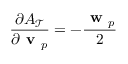
\frac { \partial A _ { \mathcal { T } } } { \partial \textbf { v } _ { p } } = - \frac { \textbf { w } _ { p } } { 2 }